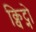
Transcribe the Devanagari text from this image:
क्विट्नो